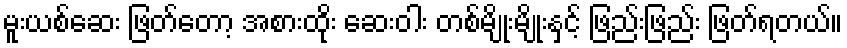
မူးယစ်ဆေး ဖြတ်တော့ အစားထိုး ဆေးဝါး တစ်မျိုးမျိုးနှင့် ဖြည်းဖြည်း ဖြတ်ရတယ်။